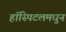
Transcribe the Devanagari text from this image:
हॉस्पिटलमधुन